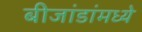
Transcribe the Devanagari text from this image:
बीजांडांमध्ये